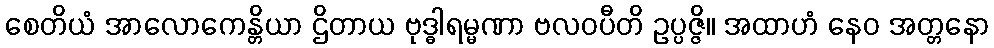
စေတိယံ အာလောကေန္တိယာ ဌိတာယ ဗုဒ္ဓါရမ္မဏာ ဗလဝပီတိ ဥပ္ပဇ္ဇိ။ အထာဟံ နေဝ အတ္တနော